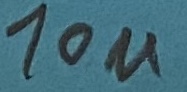
Text: 10u